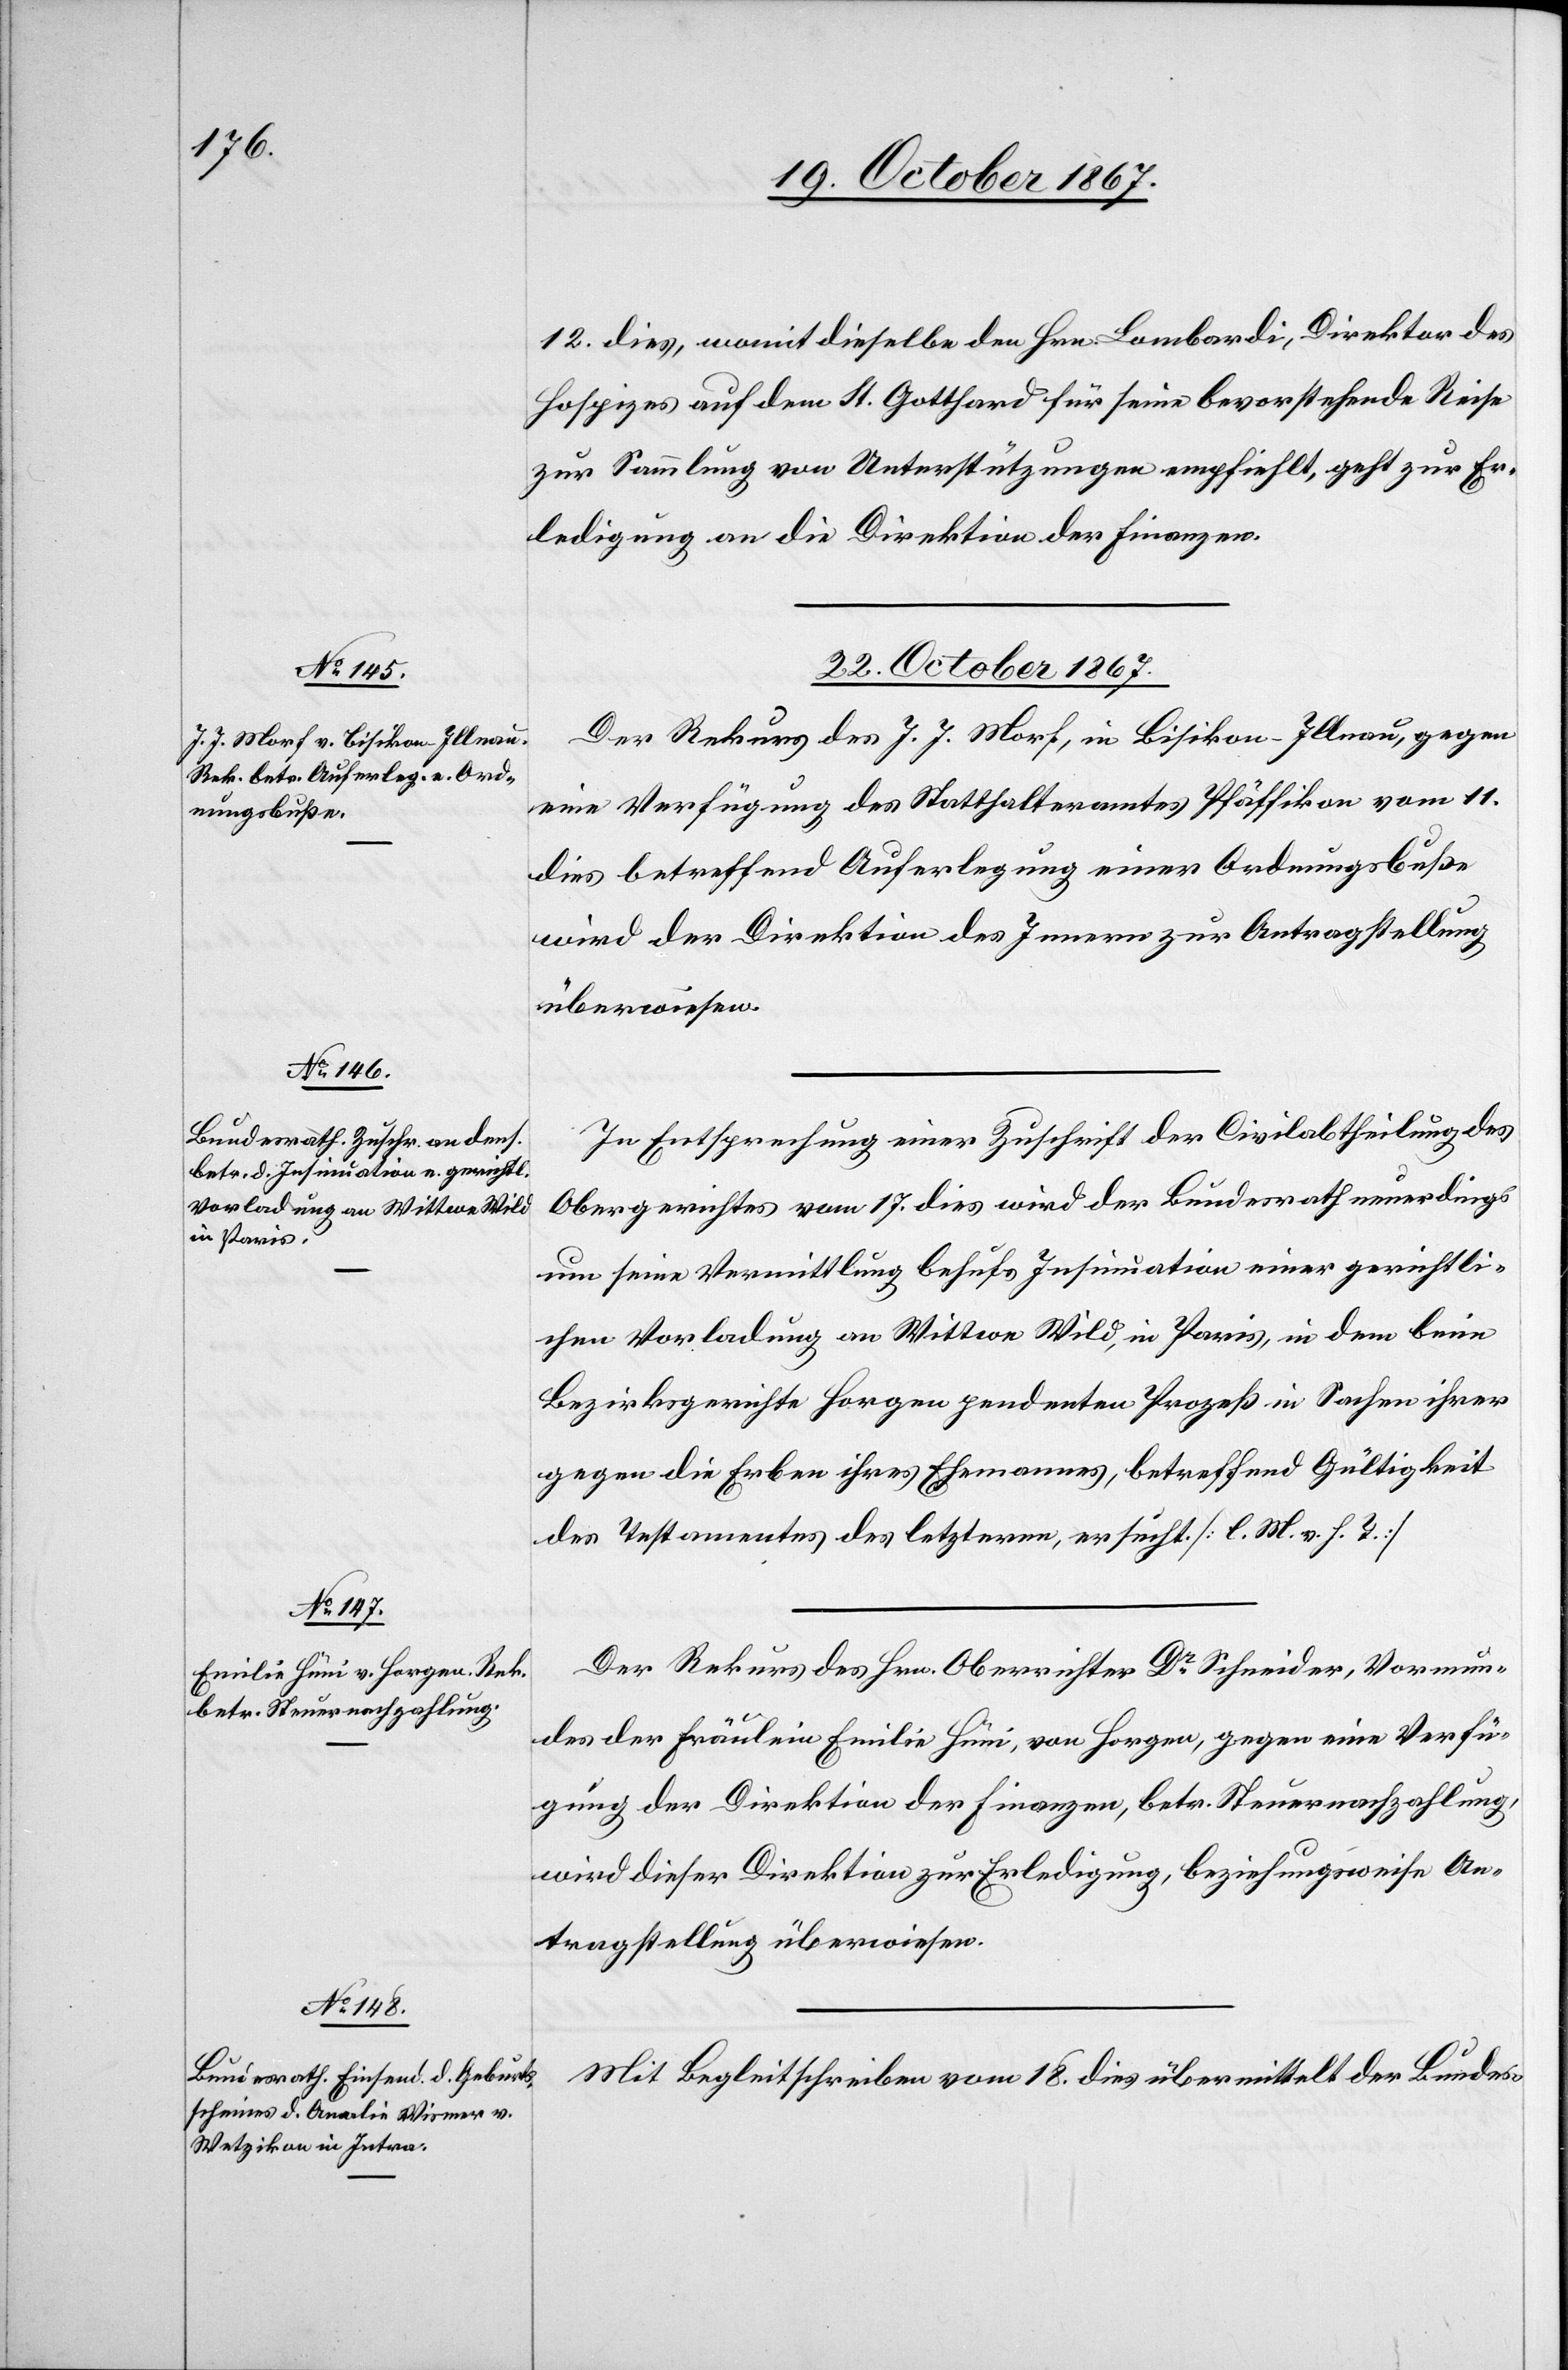
12. dies, womit dieselbe den Hrn. Lambordi, Direktor des
Hospizes auf dem St. Gotthard für seine bevorstehende Reise
zur Sammlung von Unterstützungen empfiehlt, geht zur Er¬
ledigung an die Direktion der Finanzen.
22. October 1867.]
Der Rekurs des J. J. Morf, in Bisikon-Illnau, gegen
eine Verfügung des Statthalteramtes Pfäffikon von 11.
dies betreffend Auferlegung einer Ordnungsbuße
wird der Direktion des Innern zur Antragstellung
überwiesen.
In Entsprechung einer Zuschrift der Civilabtheilung des
Obergerichtes vom 17. dies wird der Bundesrath neuerdings
um seine Vermittlung behufs Insinuation einer gerichtli¬
chen Vorladung an Wittwe Wild, in Paris, in dem beim
Bezirksgerichte Horgen pendenten Prozeß in Sachen ihrer
gegen die Erben ihres Ehemannes, betreffend Gültigkeit
des Testamentes des letzteren, ersucht [l. M. v. h. T.]
Der Rekurs des Hrn. Oberrichter Dr Schneider, Vormun¬
des der Fräulein Emilie Hüni, von Horgen, gegen eine Verfü¬
gung der Direktion der Finanzen, betr. Steuernachzahlung,
wird dieser Direktion zur Erledigung, beziehungsweise An¬
tragstellung überwiesen.
Mit Begleitschreiben vom 18. dies übermittelt der Bundes-